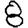
Digit: 8